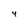
Character: 4